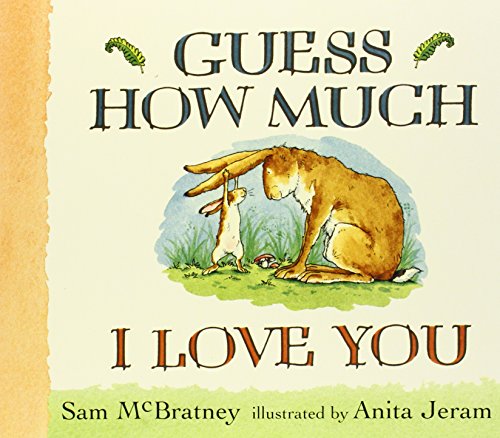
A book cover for Guess How Much I Love You Lap-Size Board Book; Sam McBratney; Children's Books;